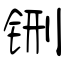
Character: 铏